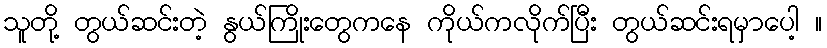
သူတို့ တွယ်ဆင်းတဲ့ နွယ်ကြိုးတွေကနေ ကိုယ်ကလိုက်ပြီး တွယ်ဆင်းရမှာပေါ့ ။